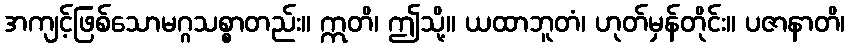
အကျင့်ဖြစ်သောမဂ္ဂသစ္စာတည်း။ ဣတိ၊ ဤသို့။ ယထာဘူတံ၊ ဟုတ်မှန်တိုင်း။ ပဇာနာတိ၊